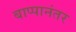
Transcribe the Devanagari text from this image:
बाप्पानंतर